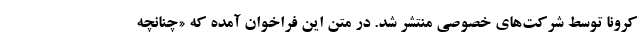
کرونا توسط شرکت‌های خصوصی منتشر شد. در متن این فراخوان آمده که «چنانچه